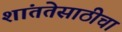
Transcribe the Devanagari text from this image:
शांततेसाठीचा